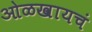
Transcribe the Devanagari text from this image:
ओळखायचं